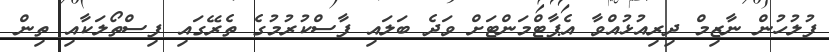
ފުލުހުން ނާޒިމް ދިރިއުޅުއްވާ އެޕާޓްމަންޓަށް ވަދެ ބަލައި ފާސްކުރުމުގެ ތެރޭގައި ފިސްތޯލަކާއި ތިން